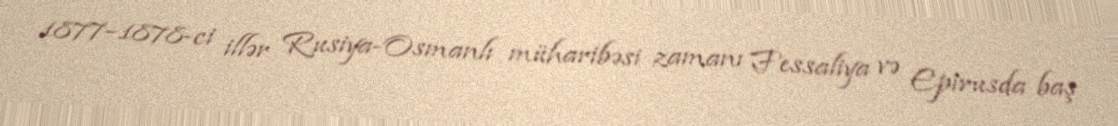
1877–1878-ci illər Rusiya-Osmanlı müharibəsi zamanı Fessaliya və Epirusda baş